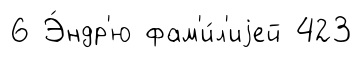
6 Э́ндр'ю фам'и́л'иjей 423